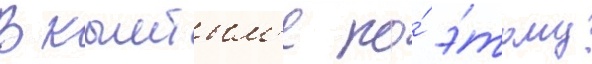
В кыштым'е по́ э́тому